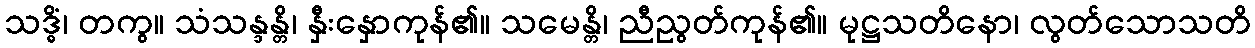
သဒ္ဓိံ၊ တကွ။ သံသန္ဒန္တိ၊ နှီးနှောကုန်၏။ သမေန္တိ၊ ညီညွတ်ကုန်၏။ မုဋ္ဌသတိနော၊ လွတ်သောသတိ